Vaccination in the Punjab 1897-1904 - 1897-1904
Year: 1897
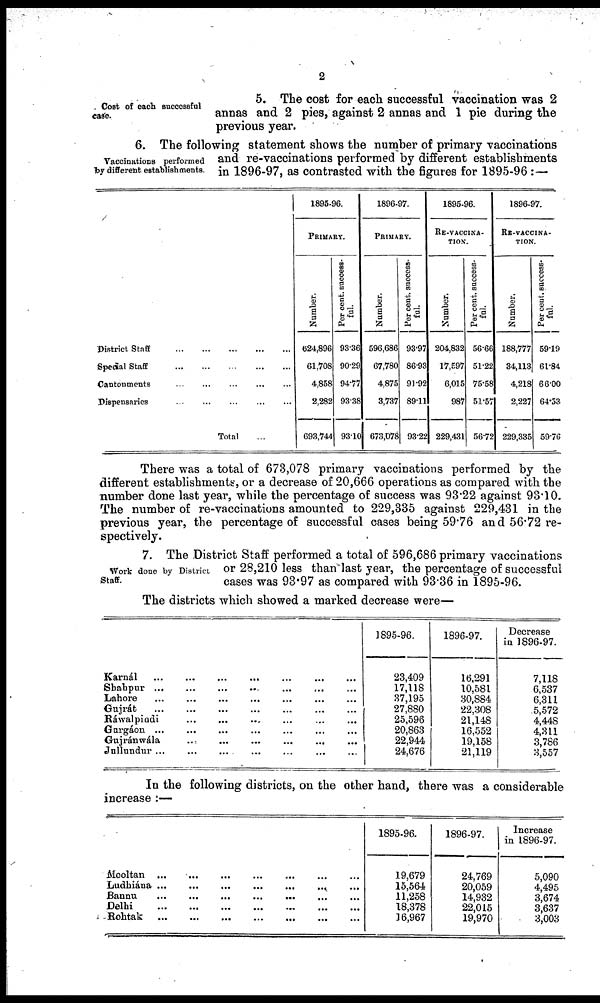
2
Cost of each successful
case.
5. The cost for each successful vaccination was 2
annas and 2 pies, against 2 annas and 1 pie during the
previous year.
Vaccinations performed
by different establishments.
6. The following statement shows the number of primary vaccinations
and re-vaccinations performed by different establishments
in 1896-97, as contrasted with the figures for 1895-96 : —
District Staff
...
...
...
...
...
Special Staff
...
...
...
...
...
Cantonments
...
...
...
...
...
Dispensaries
...
...
...
...
...
Total ...
1895-96.
PRIMARY.
Number.
624,896
61,708
4,858
2,282
693,744
Per cent. success-
ful.
93.36
90.29
94.77
93.38
93.10
1896-97.
PRIMARY.
Number.
596,686
67,780
4,875
3,737
673,078
Per cent. success-
ful.
93.97
86.93
91.92
89.11
93.22
1895-96.
RE-VACCINA¬
----.
Number.
204,832
17,597
6,015
987
229,431
Per cent. success-
ful.
56.66
51.22
75.58
51.57
56.72
1896-97.
RE-VACCINA-
----.
Number.
188,777
34,113
4,218
2,227
229,335
Per cent. success-
ful.
59.19
61.84
66.00
64.53
59.76
There was a total of 673,078 primary vaccinations performed by the
different establishments, or a decrease of 20,666 operations as compared with the
number done last year, while the percentage of success was 93.22 against 93.10.
The number of re-vaccinations amounted to 229,335 against 229,431 in the
previous year, the percentage of successful cases being 59.76 and 56.72 re-
spectively.
Work done by District
Staff.
7. The District Staff performed a total of 596,686 primary vaccinations
or 28,210 less than last year, the percentage of successful
cases was 93.97 as compared with 93.36 in 1895-96.
The districts which showed a marked decrease were—
Karnál
...
...
...
...
...
...
...
Shahpur ... ... ... ... ... ... ...
Lahore ... ... ... ... ... ... ...
Gujrát ... ... ... ... ... ... ...
Ráwalpindi ... ... ... ... ... ... ...
Gurgáon ... ... ... ... ... ... ...
Gujránwála ... ... ... ... ... ... ...
Jullundur ... ... ... ... ... ... ...
1895-96.
23,409
17,118
37,195
27,880
25,596
20,863
22,944
24,676
1896-97.
16,291
10,581
30,884
22,308
21,148
16,552
19,158
21,119
Decrease
in 1896-97.
7,118
6,537
6,311
5,572
4,448
4,311
3,786
3,557
In the following districts, on the other hand, there was a considerable
increase :—
Mooltan ... ... ... ... ... ... ...
Ludhiána ... ... ... ... ... ... ...
Bannu ... ... ... ... ... ... ...
Delhi
...
...
...
...
...
...
...
Rohtak ... ... ... ... ... ... ...
1895-96.
19,679
15,564
11,258
18,378
16,967
1896-97.
24,769
20,059
14,932
22,015
19,970
Increase
in 1896-97.
5,090
4,495
3,674
3,637
3,003